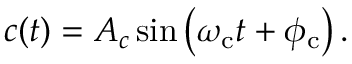
c ( t ) = A _ { c } \sin \left( \omega _ { \mathrm { c } } t + \phi _ { \mathrm { c } } \right) .